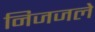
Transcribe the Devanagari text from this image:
निजजले